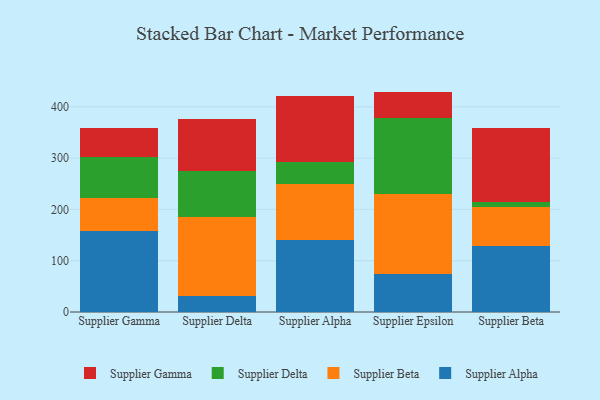
{"axis": {"x": "Supplier", "y": "Headcount"}, "legend": ["Supplier Alpha", "Supplier Beta", "Supplier Delta", "Supplier Gamma"], "data": [{"x": "Supplier Gamma", "y": 158.9, "type": "Supplier Alpha"}, {"x": "Supplier Gamma", "y": 64.3, "type": "Supplier Beta"}, {"x": "Supplier Gamma", "y": 78.1, "type": "Supplier Delta"}, {"x": "Supplier Gamma", "y": 58.4, "type": "Supplier Gamma"}, {"x": "Supplier Delta", "y": 31.6, "type": "Supplier Alpha"}, {"x": "Supplier Delta", "y": 153.2, "type": "Supplier Beta"}, {"x": "Supplier Delta", "y": 90.4, "type": "Supplier Delta"}, {"x": "Supplier Delta", "y": 101.4, "type": "Supplier Gamma"}, {"x": "Supplier Alpha", "y": 141.2, "type": "Supplier Alpha"}, {"x": "Supplier Alpha", "y": 108.4, "type": "Supplier Beta"}, {"x": "Supplier Alpha", "y": 43.7, "type": "Supplier Delta"}, {"x": "Supplier Alpha", "y": 127.6, "type": "Supplier Gamma"}, {"x": "Supplier Epsilon", "y": 73.4, "type": "Supplier Alpha"}, {"x": "Supplier Epsilon", "y": 156.9, "type": "Supplier Beta"}, {"x": "Supplier Epsilon", "y": 147.3, "type": "Supplier Delta"}, {"x": "Supplier Epsilon", "y": 52.1, "type": "Supplier Gamma"}, {"x": "Supplier Beta", "y": 129.2, "type": "Supplier Alpha"}, {"x": "Supplier Beta", "y": 74.8, "type": "Supplier Beta"}, {"x": "Supplier Beta", "y": 10.5, "type": "Supplier Delta"}, {"x": "Supplier Beta", "y": 144.9, "type": "Supplier Gamma"}]}